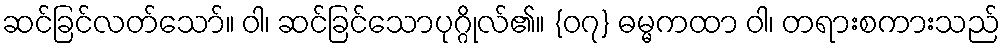
ဆင်ခြင်လတ်သော်။ ဝါ၊ ဆင်ခြင်သောပုဂ္ဂိုလ်၏။ {၀၇} ဓမ္မကထာ ဝါ၊ တရားစကားသည်